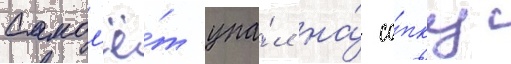
Самол'ё́т упа́л на́ со́пку